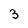
Character: 3